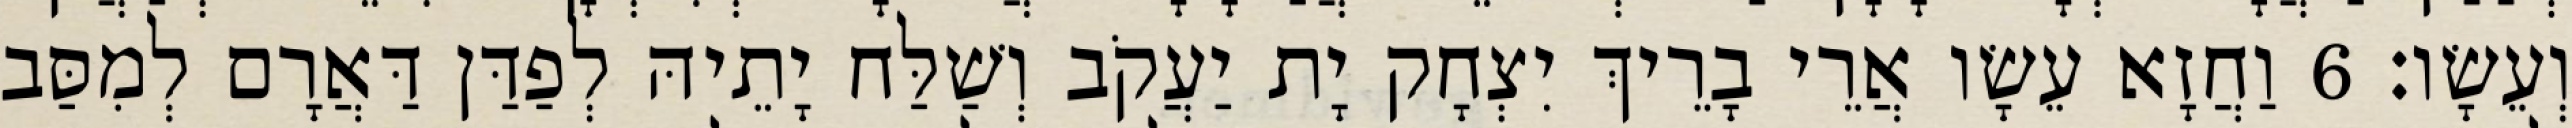
וְעֵשָׂו׃ 6 וַחֲזָא עֵשָׂו אֲרֵי בָרֵיךְ יִצְחָק יָת יַעֲקֹב וְשַׁלַּח יָתֵיהּ לְפַדַּן דַּאֲרָם לְמִסַּב